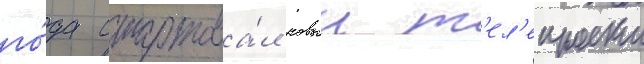
го́да стартова́л новыи т'ел'епроект